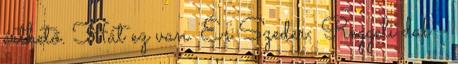
érthető. Hát ez van. És Szeder: Reggeli dal -